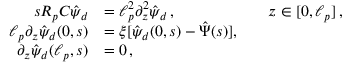
\begin{array} { r l r l } { s R _ { p } C \hat { \psi } _ { d } } & { = \ell _ { p } ^ { 2 } \partial _ { z } ^ { 2 } \hat { \psi } _ { d } \, , } & & { z \in [ 0 , \ell _ { p } ] \, , } \\ { \ell _ { p } \partial _ { z } \hat { \psi } _ { d } ( 0 , s ) } & { = \xi [ \hat { \psi } _ { d } ( 0 , s ) - \hat { \Psi } ( s ) ] , } \\ { \partial _ { z } \hat { \psi } _ { d } ( \ell _ { p } , s ) } & { = 0 \, , } \end{array}